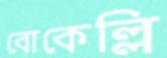
বোকেল্লি